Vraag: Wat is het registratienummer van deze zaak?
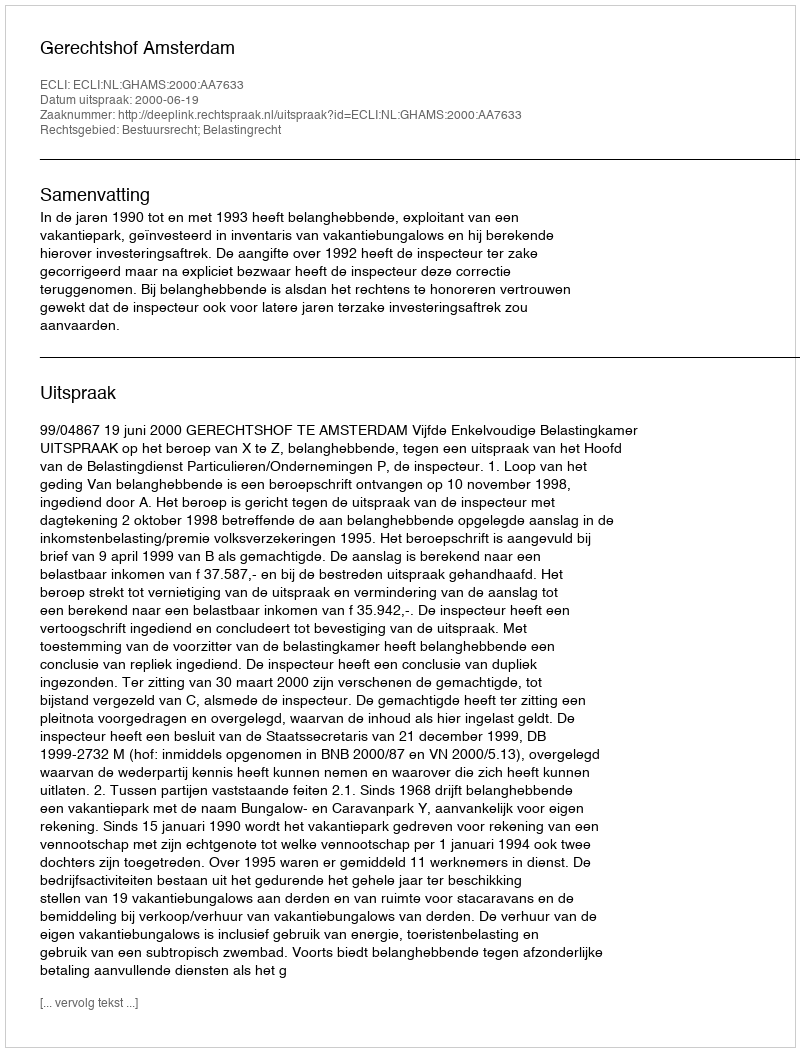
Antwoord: http://deeplink.rechtspraak.nl/uitspraak?id=ECLI:NL:GHAMS:2000:AA7633